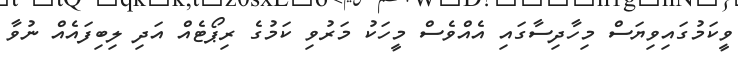
ވީކަމުގައިވިޔަސް މިހާދިސާގައި އެއްވެސް މީހަކު މަރުވި ކަމުގެ ރިޕޯޓެއް އަދި ލިބިފައެއް ނުވާ